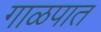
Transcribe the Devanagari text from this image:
गाळपात